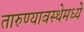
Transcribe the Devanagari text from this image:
तारुण्यावस्थेमध्ये